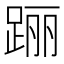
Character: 𰸐